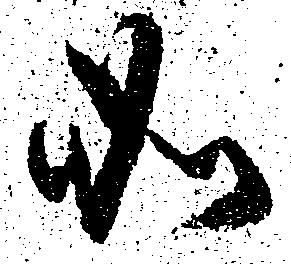
如